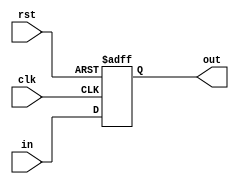
module delay_x8_unit(clk, rst, in, out);
input	clk, rst;
input	signed [7:0] in;
output reg signed [7:0] out;
initial begin
out <= 0;
end
always @ (posedge clk or negedge rst) begin
if(!rst)
  out <= 0;
else
  out <= in;
end
endmodule